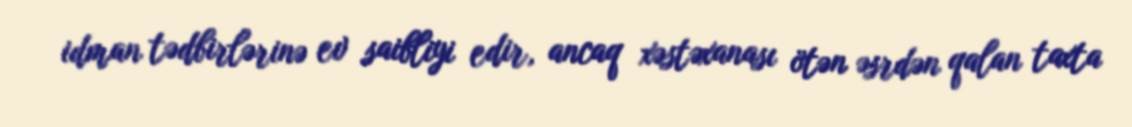
idman tədbirlərinə ev saibliyi edir, ancaq xəstəxanası ötən əsrdən qalan taxta